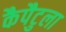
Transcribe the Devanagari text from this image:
कैपैटुला